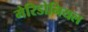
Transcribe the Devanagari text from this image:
मेरिडोनियल